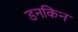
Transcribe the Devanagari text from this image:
डनकिन